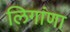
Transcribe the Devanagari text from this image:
लिगांणा